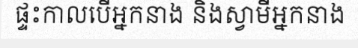
ផ្ទះកាលបើអ្នកនាង និងស្វាមីអ្នកនាង